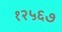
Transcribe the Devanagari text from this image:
१२५६७